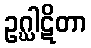
ဥဂ္ဃါဋိတာ